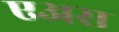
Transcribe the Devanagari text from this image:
एअस